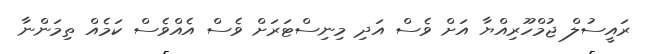
ރައީސުލް ޖުމްހޫރިއްޔާ އަށް ވެސް އަދި މިނިސްޓަރަށް ވެސް އެއްވެސް ކަމެއް ތިމަންނާ